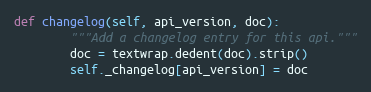
Language: Python
def changelog(self, api_version, doc):
        """Add a changelog entry for this api."""
        doc = textwrap.dedent(doc).strip()
        self._changelog[api_version] = doc